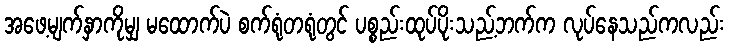
အဖေ့မျက်နှာကိုမျှ မထောက်ပဲ စက်ရုံတရုံတွင် ပစ္စည်းထုပ်ပိုးသည့်ဘက်က လုပ်နေသည်ကလည်း